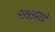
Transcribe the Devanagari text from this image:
१५४५मध्ये